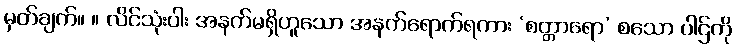
မှတ်ချက်။ ။ လိင်သုံးပါး အနက်မရှိဟူသော အနက်ရောက်ရကား ‘စတ္တာရော’ စသော ပါဌ်ကို